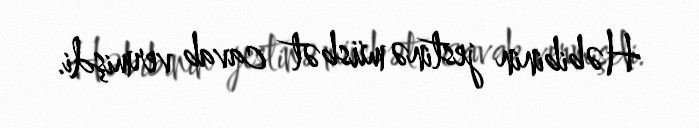
Həbibinin jestinə müsbət cavab vermişdi.